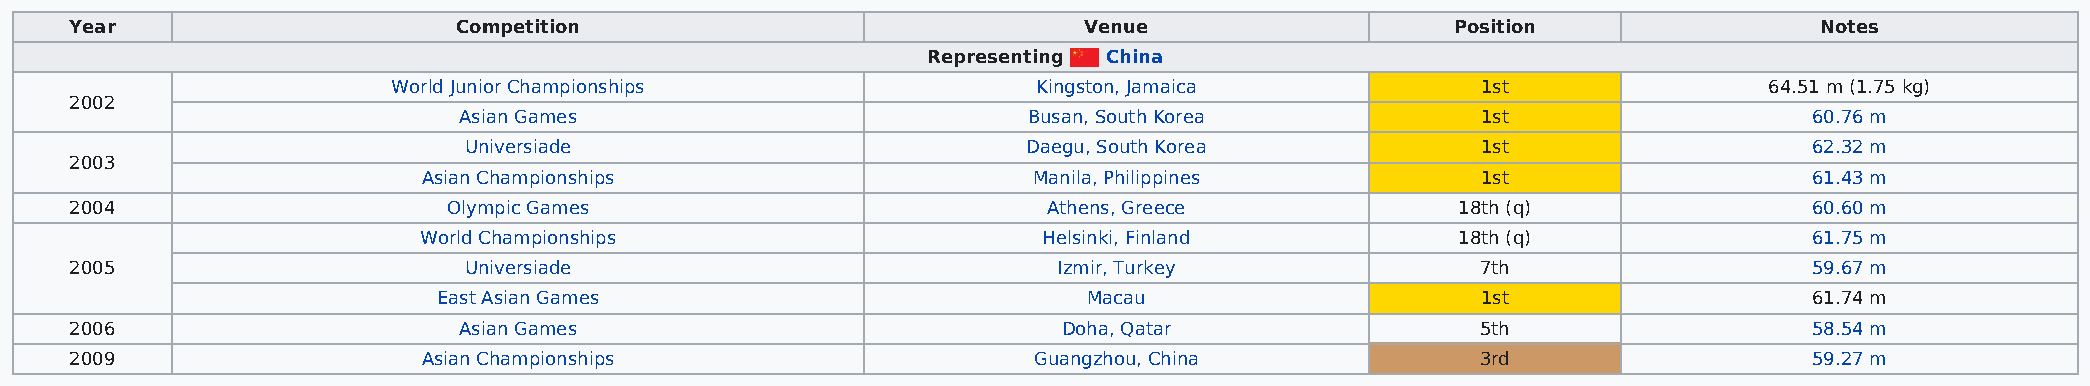
Year                     Competition                               Venue                   Position                Notes
 Representing China
 World Junior Championships                 Kingston, Jamaica            1st                64.51 m (1.75 kg)
 2002
 Asian Games                           Busan, South Korea            1st                   60.76 m
 Universiade                          Daegu, South Korea            1st                   62.32 m
 2003
 Asian Championships                     Manila, Philippines           1st                   61.43 m
 2004                     Olympic Games                          Athens, Greece              18th (q)               60.60 m
 World Championships                      Helsinki, Finland           18th (q)               61.75 m
 2005                      Universiade                            Izmir, Turkey               7th                   59.67 m
 East Asian Games                           Macau                     1st                   61.74 m
 2006                     Asian Games                             Doha, Qatar                 5th                   58.54 m
 2009                   Asian Championships                     Guangzhou, China              3rd                   59.27 m